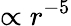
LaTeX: \propto r^{-5}